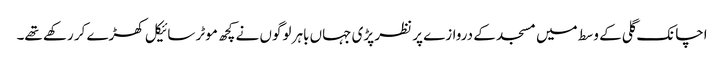
اچانک گلی کے وسط میں مسجد کے دروازے پر نظر پڑی جہاں باہر لوگوں نے کچھ موٹر سائیکل کھڑے کر رکھے تھے۔